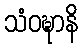
သံဝဍ္ဎာနိ